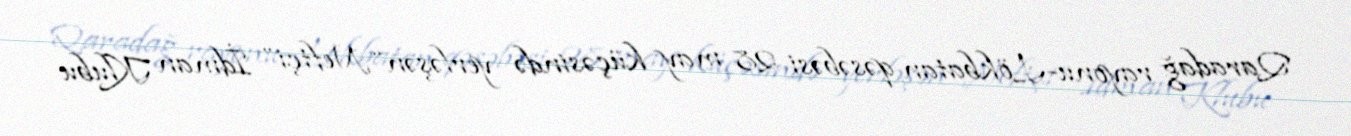
Qaradağ rayonu-Lökbatan qəsəbəsi 28 may küçəsində yerləşən “Neftçi” İdman Klubu